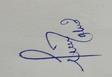
Signature authenticity: genuine